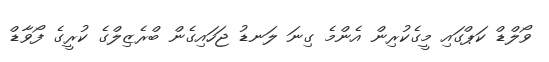
ވޯލްޑް ކަޕްގައި މީގެކުރިން އެންމެ ގިނަ ލަނޑު ޖަހައިގެން ބްރެޒިލްގެ ކުރީގެ ފޯވާޑް